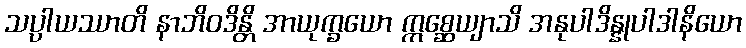
သပ္ပါယဿာတိ နာဘိဝဒိန္တိ အာယုက္ခယော ဣစ္ဆေယျာသိ အနုပါဒိန္နုပါဒါနိယော